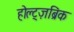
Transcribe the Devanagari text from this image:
होल्ट्ज़ब्रिंक